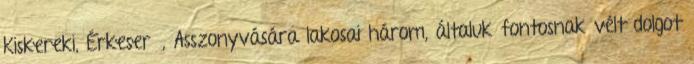
Kiskereki, Érkeserű, Asszonyvására lakosai három, általuk fontosnak vélt dolgot